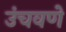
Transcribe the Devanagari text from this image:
उंचवणे